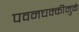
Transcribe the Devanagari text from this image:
पवनचक्कीमुळे